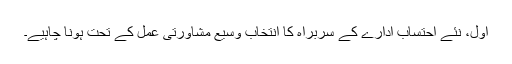
اول، نئے احتساب ادارے کے سربراہ کا انتخاب وسیع مشاورتی عمل کے تحت ہونا چاہیے۔